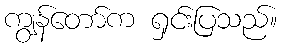
ကျွန်တော်က ရှင်းပြသည်။